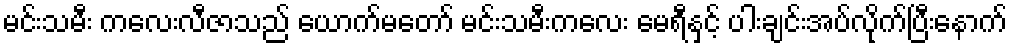
မင်းသမီး ကလေးလီဇာသည် ယောက်မတော် မင်းသမီးကလေး မေရီနှင့် ပါးချင်းအပ်လိုက်ပြီးနောက်